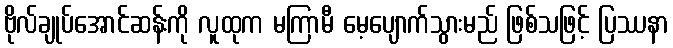
ဗိုလ်ချုပ်အောင်ဆန်းကို လူထုက မကြာမီ မေ့ပျောက်သွားမည် ဖြစ်သဖြင့် ပြဿနာ